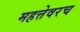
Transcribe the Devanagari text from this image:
महत्तेवरच